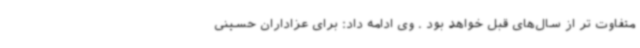
متفاوت تر از سال‌های قبل خواهد بود . وی ادامه داد: برای عزاداران حسینی